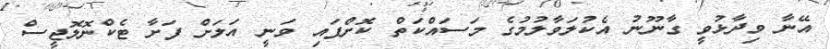
އޭނާ ވިދާޅުވީ ގާނޫނު އެކުލަވާލުމުގެ މަސައްކަތް ކޮށްފައި ވަނީ އަލަށް ފަށާ ޓެކްނޮލޮޖީސް